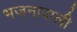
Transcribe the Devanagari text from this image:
भजनावाली